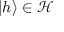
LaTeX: | h \rangle \in { \mathcal { H } }